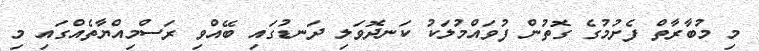
މި މުބާރާތް ފެށުމުގެ ގޮތުން ފުވައްމުލަކު ކަނދޮވަލި ދަނޑުގައި ބޭއްވި ރަސްމިއްޔާތެއްގައި މި